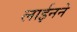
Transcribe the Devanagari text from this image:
लाईनने